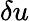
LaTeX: \delta u